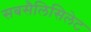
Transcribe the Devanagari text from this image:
सबसैलिसिलेट